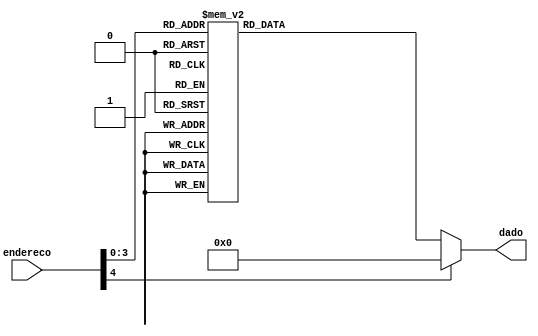
module ROM( endereco, dado );
	input [4:0] endereco;
	output [7:0] dado;

	reg [7:0] dado;
	
	always @*
		case (endereco)
			5'd0: dado = 8'b010_100_00;
			5'd1: dado = 8'b000_111_10;
			5'd2: dado = 8'b101_01000;
			5'd3: dado = 8'b000_100_01;
			5'd4: dado = 8'b101_00000;
			5'd5: dado = 8'b000_000_01;
			5'd6: dado = 8'b000_110_00;
			5'd7: dado = 8'b101_00111;
			5'd8: dado = 8'b000_110_00;
			5'd9: dado = 8'b001_101_00;
			5'd10: dado = 8'b101_01010;
			
			default: dado = 8'd0;
		endcase

endmodule